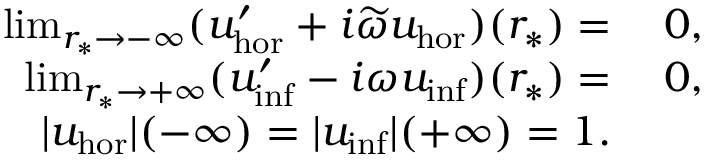
\begin{array} { r l } { \operatorname* { l i m } _ { r _ { * } \to - \infty } ( u _ { \mathrm { h o r } } ^ { \prime } + i \widetilde { \omega } u _ { \mathrm { h o r } } ) ( r _ { * } ) = } & { \: 0 , } \\ { \operatorname* { l i m } _ { r _ { * } \to + \infty } ( u _ { \mathrm { i n f } } ^ { \prime } - i \omega u _ { \mathrm { i n f } } ) ( r _ { * } ) = } & { \: 0 , } \\ { | u _ { \mathrm { h o r } } | ( - \infty ) = | u _ { \mathrm { i n f } } | ( + \infty ) = 1 . } \end{array}